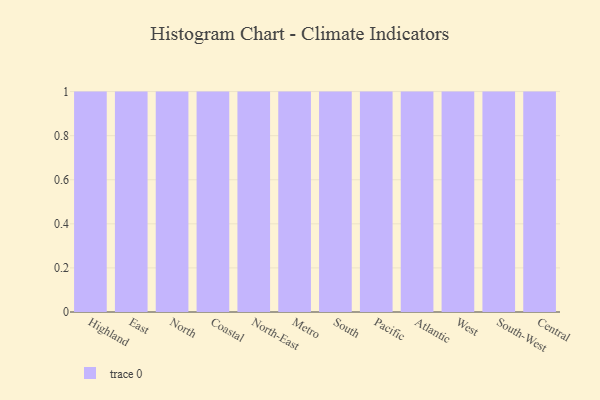
{"axis": {"x": "Region", "y": "Customer Acquisition Cost (USD)"}, "legend": [""], "data": [{"x": "Highland", "y": 27, "type": ""}, {"x": "East", "y": 24, "type": ""}, {"x": "North", "y": 17, "type": ""}, {"x": "Coastal", "y": 100, "type": ""}, {"x": "North-East", "y": 81, "type": ""}, {"x": "Metro", "y": 95, "type": ""}, {"x": "South", "y": 29, "type": ""}, {"x": "Pacific", "y": 38, "type": ""}, {"x": "Atlantic", "y": 16, "type": ""}, {"x": "West", "y": 48, "type": ""}, {"x": "South-West", "y": 7, "type": ""}, {"x": "Central", "y": 53, "type": ""}]}